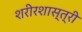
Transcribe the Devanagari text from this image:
शरीरशास्त्री